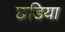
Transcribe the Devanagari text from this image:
छडिया